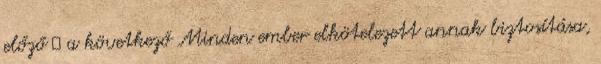
előző ◈ a következő Minden ember elkötelezett annak biztosítása,